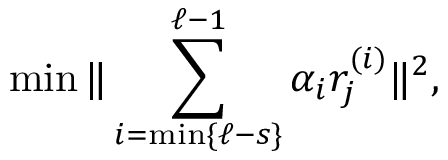
\operatorname* { m i n } \| \sum _ { i = \operatorname* { m i n } \{ \ell - s \} } ^ { \ell - 1 } \alpha _ { i } r _ { j } ^ { ( i ) } \| ^ { 2 } ,